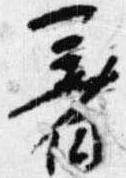
着